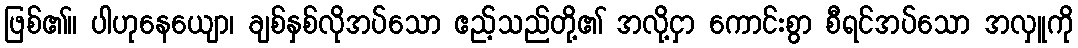
ဖြစ်၏။ ပါဟုနေယျော၊ ချစ်နှစ်လိုအပ်သော ဧည့်သည်တို့၏ အလို့ငှာ ကောင်းစွာ စီရင်အပ်သော အလှူကို